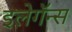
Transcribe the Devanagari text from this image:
इलेगॅन्स